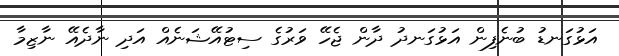
އަޅުގަނޑު ބުނެފިން އަޅުގަނދު ދާން ޖެހޭ ވަރުގެ ސިޓުއޭޝަނެއް އަދި ނާދެއޭ ނާޒިމާ